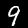
Label: 9